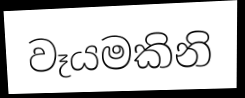
වෑයමකිනි